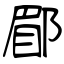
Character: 郿